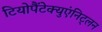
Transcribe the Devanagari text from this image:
टियोपैंटेक्युएंनिट्लन